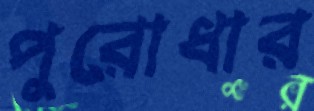
পুরোধার